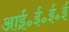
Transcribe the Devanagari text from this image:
आई॰ई॰ई॰ई